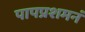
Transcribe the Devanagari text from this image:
पापप्रशमनं